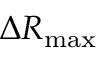
\Delta R _ { \mathrm { m a x } }